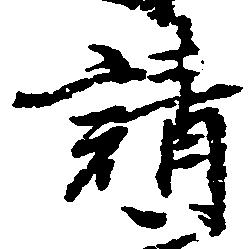
請